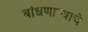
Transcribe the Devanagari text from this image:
बांधणार्‍याचे